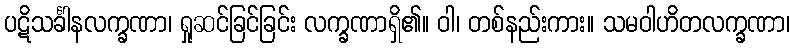
ပဋိသင်္ခါနလက္ခဏာ၊ ရှုဆင်ခြင်ခြင်း လက္ခဏာရှိ၏။ ဝါ၊ တစ်နည်းကား။ သမဝါဟိတလက္ခဏာ၊